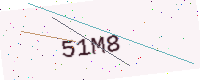
Text: 51M8